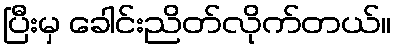
ပြီးမှ ခေါင်းညိတ်လိုက်တယ်။